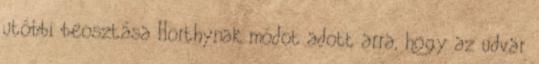
utóbbi beosztása Horthynak módot adott arra, hogy az udvar